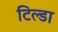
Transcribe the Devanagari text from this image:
टिल्डा